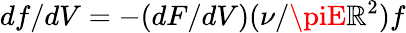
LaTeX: df/dV=-(dF/dV)(\nu/\piE\mathbb{R}^{2})f